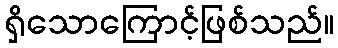
ရှိသောကြောင့်ဖြစ်သည်။